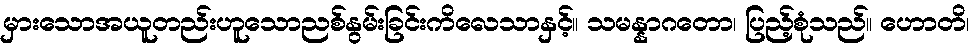
မှားသောအယူတည်းဟူသောညစ်နွမ်းခြင်းကိလေသာနှင့်။ သမန္နာဂတော၊ ပြည့်စုံသည်။ ဟောတိ၊